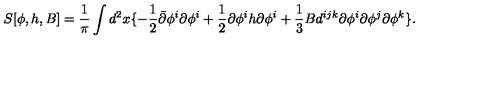
S [ \phi , h , B ] = \frac { 1 } { \pi } \int d ^ { 2 } x \{ - \frac { 1 } { 2 } \bar { \partial } \phi ^ { i } \partial \phi ^ { i } + \frac { 1 } { 2 } \partial \phi ^ { i } h \partial \phi ^ { i } + \frac { 1 } { 3 } B d ^ { i j k } \partial \phi ^ { i } \partial \phi ^ { j } \partial \phi ^ { k } \} .